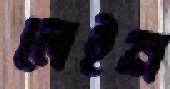
লেইন